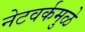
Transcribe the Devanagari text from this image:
नेटवर्कमुळे